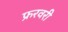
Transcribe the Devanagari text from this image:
फ्ररवरी